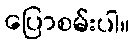
ပြောစမ်းပါ။